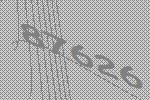
87626